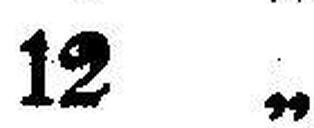
12 „